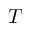
T